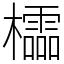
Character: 櫺